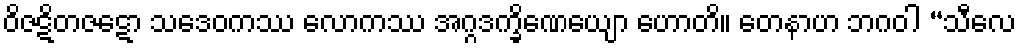
ဝိဇဋိတဇဋော သဒေဝကဿ လောကဿ အဂ္ဂဒက္ခိဏေယျော ဟောတိ။ တေနာဟ ဘဂဝါ “သီလေ